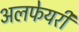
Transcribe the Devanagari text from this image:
अलफेयरी